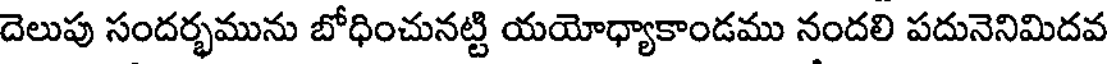
దెలుపు సందర్భమును బోధించునట్టి యయోధ్యాకాండము నందలి పదునెనిమిదవ